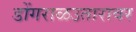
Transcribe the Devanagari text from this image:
डोंगराळउतारावर